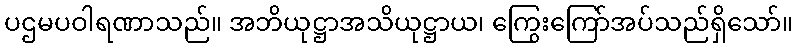
ပဌမပဝါရဏာသည်။ အဘိယုဋ္ဌာအသိယုဋ္ဌာယ၊ ကြွေးကြော်အပ်သည်ရှိသော်။